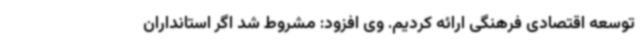
توسعه اقتصادی فرهنگی ارائه کردیم. وی افزود: مشروط شد اگر استانداران